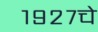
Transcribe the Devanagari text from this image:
१९२७चे